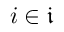
i \in { \mathfrak { i } }